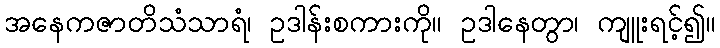
အနေကဇာတိသံသာရံ၊ ဥဒါန်းစကားကို။ ဥဒါနေတွာ၊ ကျူးရင့်၍။